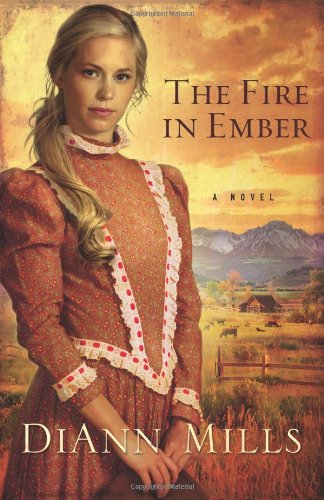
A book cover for The Fire in Ember: A Novel; DiAnn Mills; Christian Books & Bibles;